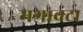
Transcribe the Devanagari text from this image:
मगावटा